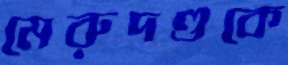
মেরুদণ্ডকে